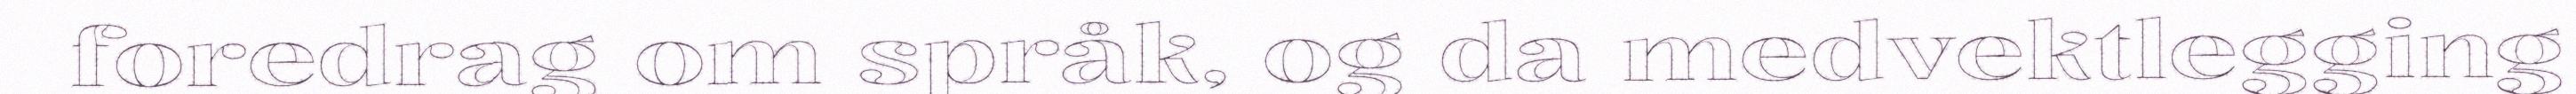
foredrag om språk, og da medvektlegging